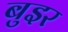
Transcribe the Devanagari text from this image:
बुइर